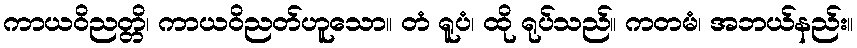
ကာယဝိညတ္တိ၊ ကာယဝိညတ်ဟူသော။ တံ ရူပံ၊ ထို ရုပ်သည်။ ကတမံ၊ အဘယ်နည်း။